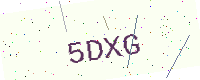
Text: 5DXG